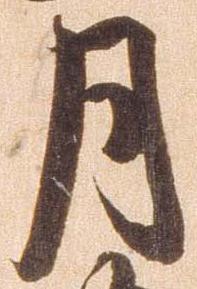
月